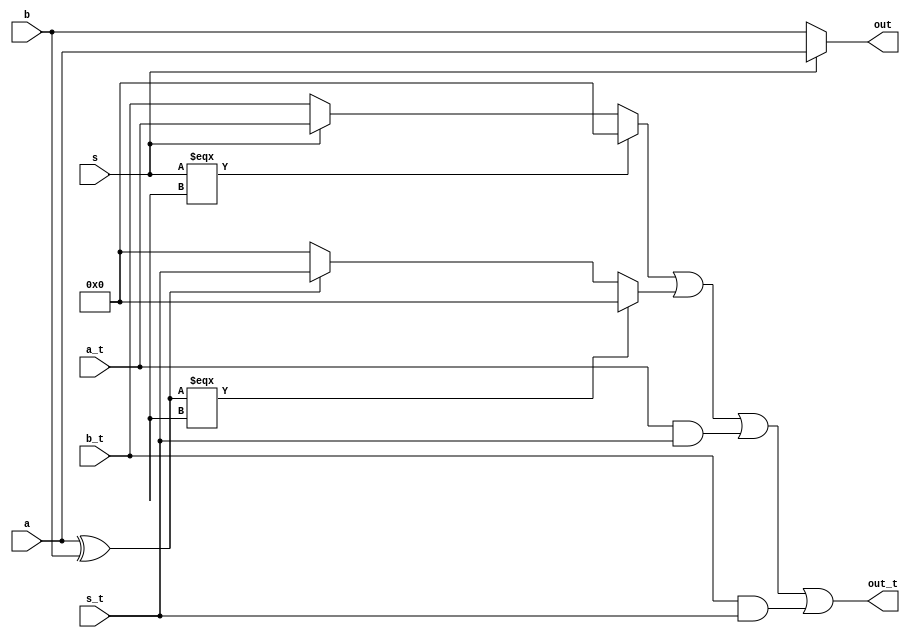
module m_0( a, a_t, b, b_t, s, s_t, out, out_t);

	input a, b, s;
	output out;
	
	input [31:0] a_t;
	input [31:0] b_t;
	input [31:0] s_t;
	output [31:0] out_t;

	assign out = s ? a : b;

	assign out_t = (^s === 1'bx ? 0 : (s ? a_t : b_t)) | ((^(a^b) === 1'bx) ? 0 : (a ^ b ? s_t : 0)) | (a_t & s_t) | (b_t & s_t);


endmodule